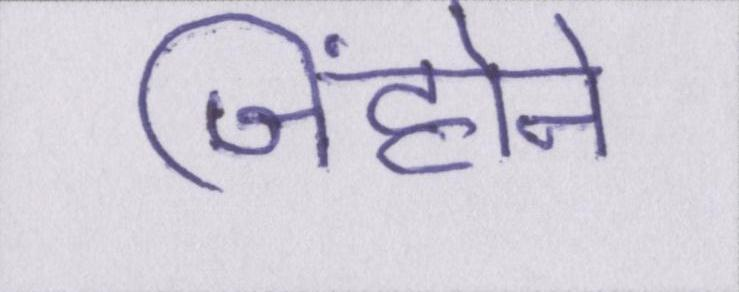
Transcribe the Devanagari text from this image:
जिंहोने